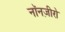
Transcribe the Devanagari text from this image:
नॉनज़ीरो